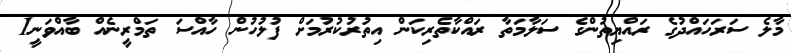
މާލެ ސަރަހައްދުގެ ރައްޔިތުންގެ ސަލާމަތާ ރައްކާތެރިކަން އިތުރުކުރުމަށް ފުލުހުން ހާއްސަ ތަމްރީނެއް ބާއްވަނީ1